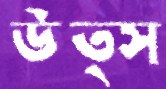
উত্স